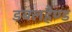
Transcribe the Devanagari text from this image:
डबलहैण्ड